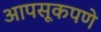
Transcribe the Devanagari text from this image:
आपसूकपणे